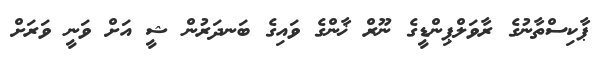
ޕާކިސްތާނުގެ ރާވަލްޕިންޑީގެ ނޫރް ޚާންގެ ވައިގެ ބަނދަރުން ޝީ އަށް ވަނީ ވަރަށް